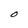
Character: O